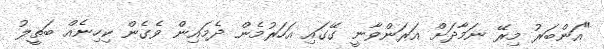
"އަންބަރު މިރޭ ނަމާދަށް އަރަންވާނީ ގޭގައި އަހަރުމެން ދެމައިން ވެގެން ކިހިނެއް ބަތީލު